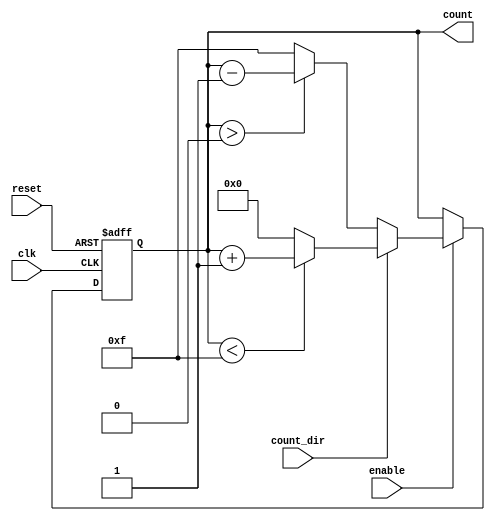
module binary_counter (
    input wire clk,       // Clock signal
    input wire reset,     // Asynchronous reset
    input wire enable,    // Enable signal
    input wire count_dir, // Count direction: 1 for up, 0 for down
    output reg [3:0] count // 4-bit count output
);

    // Maximum count value for a 4-bit counter
    localparam MAX_COUNT = 4'b1111; // 15 in decimal

    // Asynchronous reset and counting mechanism
    always @(posedge clk or posedge reset) begin
        if (reset) begin
            count <= 4'b0000; // Reset count to 0
        end else if (enable) begin
            if (count_dir) begin
                // Count up
                if (count < MAX_COUNT) begin
                    count <= count + 1;
                end else begin
                    count <= 4'b0000; // Wrap around to 0
                end
            end else begin
                // Count down
                if (count > 4'b0000) begin
                    count <= count - 1;
                end else begin
                    count <= MAX_COUNT; // Wrap around to MAX_COUNT
                end
            end
        end
    end

endmodule